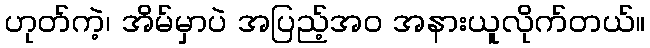
ဟုတ်ကဲ့၊ အိမ်မှာပဲ အပြည့်အဝ အနားယူလိုက်တယ်။